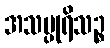
အသပ္ပုရိသဉ္စ